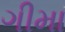
ગીમા